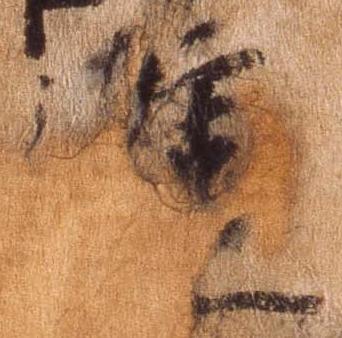
進